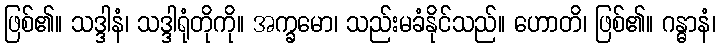
ဖြစ်၏။ သဒ္ဒါနံ၊ သဒ္ဒါရုံတိုကို။ အက္ခမော၊ သည်းမခံနိုင်သည်။ ဟောတိ၊ ဖြစ်၏။ ဂန္ဓာနံ၊